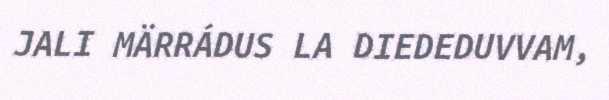
JALI MÄRRÁDUS LA DIEDEDUVVAM,